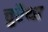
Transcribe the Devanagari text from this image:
चुरैथा